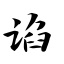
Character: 谄